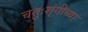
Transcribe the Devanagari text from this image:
चतुःशृंगीच्या